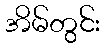
အိမ်တွင်း